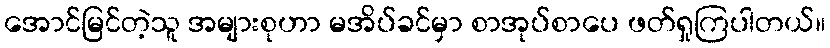
အောင်မြင်တဲ့သူ အများစုဟာ မအိပ်ခင်မှာ စာအုပ်စာပေ ဖတ်ရှုကြပါတယ်။